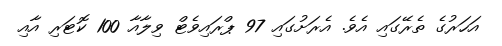
އަހަރުގެ ތެރޭގައި އެވެ. އެރަށުގައި 97 ޕްރައިވެޓް ވިލާއާ 100 ކޮޓަރި އާއި